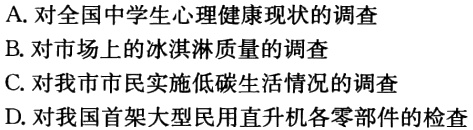
A.对全国中学生心理健康现状的调查
B.对市场上的冰淇淋质量的调查
C.对我市市民实施低碳生活情况的调查
D.对我国首架大型民用直升机各零部件的检查